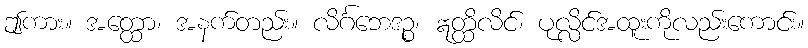
ဤကား။ အတ္ထော၊ အနက်တည်း။ လိင်္ဂဘေဒဉ္စ၊ ဣတ္ထိလိင်၊ ပုလ္လိင်အထူးကိုလည်းကောင်း။